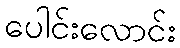
ပေါင်းလောင်း